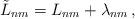
LaTeX: \begin{align*}\tilde{L}_{nm} = L_{nm} + \lambda_{nm}\, ,\end{align*}